Civil Veterinary Department Bihar reports 1936-40 - 1936-1940
Year: 1936
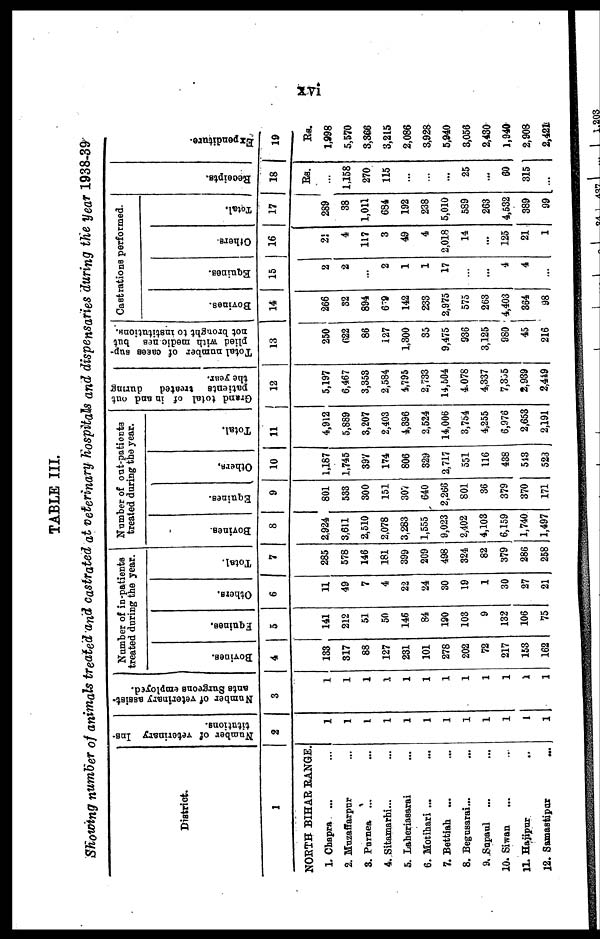
xvi
TABLE III.
Showing number of animals treated and castrated at veterinary hospitals and dispensaries during the year 1938-39
District.
1
NORTH BIHAR RANGE.
1. Chapra ... ...
2. Muzaffarpur ...
3. Purnea ... ...
4. Sitamarhi... ...
5. Laheriasarai ...
6. Motihari ... ...
7. Bettiah ... ...
8. Begusarai... ...
9. Sapaul ... ...
10. Siwan ... ..
11. Hajipur ..
12. Samastipur ...
Number of veterinary Ins-
titutions.
■
2
1
1
1
1
1
1
1
1
1
1
1
1
Number of veterinary assist-
ants Surgeons employed.
3
1
1
1
1
1
1
1
1
1
1
1
1
Number of in-patients
treated during the year.
Bovines.
4
133
317
88
127
231
101
278
202
72
217
163
162
Equines.
5
141
212
51
50
146
84
190
103
9
132
106
75
Others.
6
11
49
7
4
22
24
30
19
1
30
27
21
Total.
7
285
578
146
181
399
209
498
324
82
379
286
258
Number of out-patients
treated during the year.
Bovines.
8
2.924
3,611
2,510
2,078
3,283
1,555
9,023
2,402
4,103
6,159
1,740
1,497
Equines.
9
801
533
300
151
307
640
2,266
801
36
379
370
171
Others.
10
1,187
1,745
397
174
806
329
2,717
551
116
438
543
523
Total.
11
4,912
5,889
3,207
2,403
4,396
2,524
14,006
3,754
4,255
6,076
2,653
2,191
Grand
total of in and out
patients treated
during
the year.
12
5,197
6,467
3,353
2,584
4,795
2,733
14,504
4.078
4,337
7,355
2,939
2,449
Total number of cases sup-
plied with medic nes but
not brought
to institutions.
13
250
622
86
127
1,300
35
9,475
936
3,125
980
45
216
Castrations performed.
Bovines.
14
266
32
894
679
142
233
2,975
575
263
4,403
364
98
Equines.
15
2
2
...
2
1
1
17
...
...
4
4
...
Others
16
21
4
117
3
49
4
2,018
14
...
125
21
1
Total.
17
289
38
1,011
684
192
238
5,010
589
263
4,532
389
99
Recei pt s .
18
Rs.
...
1,158
270
115
...
...
...
25
...
60
315
...
Expe ndit ur e .
19
Rs.
1,998
5,570
3,366
3,215
2,086
3,928
5,940
3,056
2,430
1,940
2,908
2,421